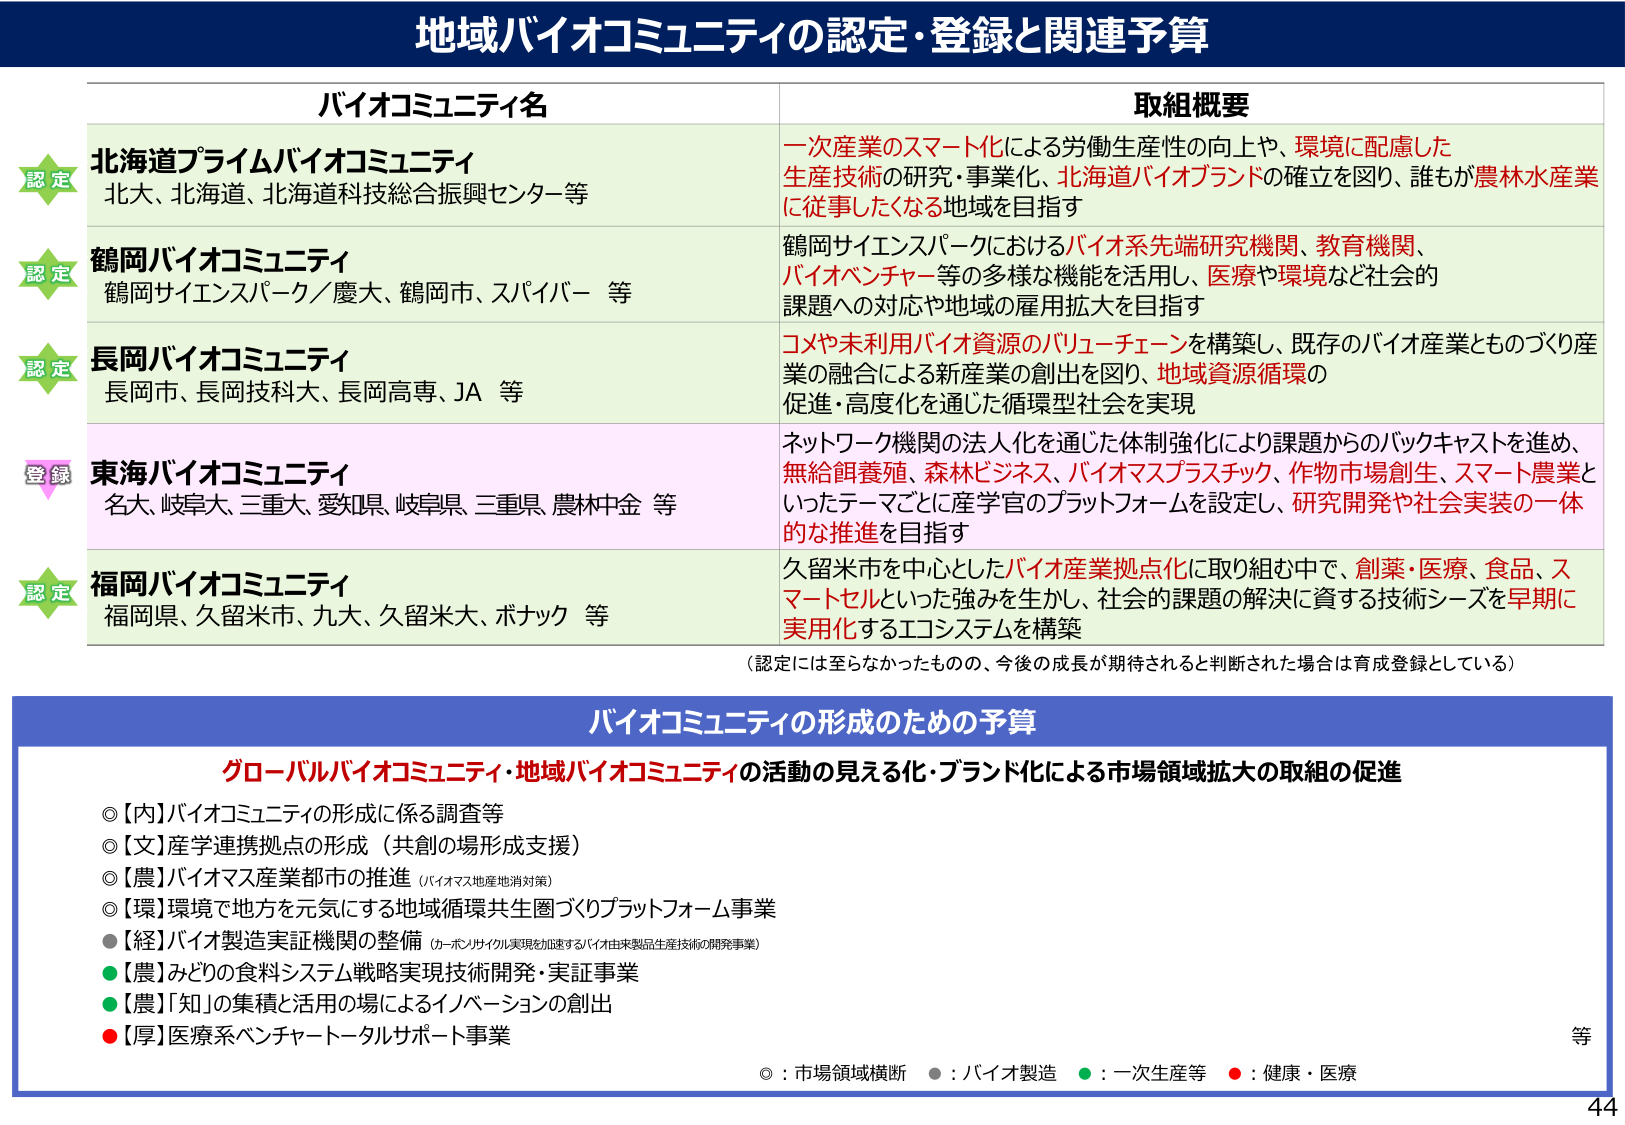
地域バイオコミュニティの認定・登録と関連予算

バイオコミュニティ名